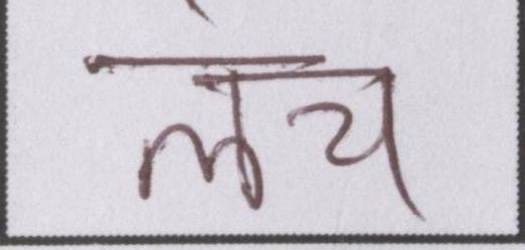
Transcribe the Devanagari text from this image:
लंच